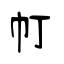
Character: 帄